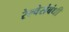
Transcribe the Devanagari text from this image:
रेल्वेसंबंधी